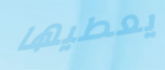
يعطيها